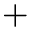
+